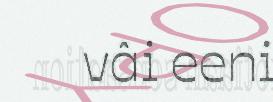
vâi eeni